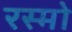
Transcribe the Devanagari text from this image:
रस्मो